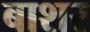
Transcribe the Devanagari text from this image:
बाशर